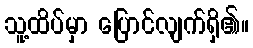
သူ့ထိပ်မှာ ပြောင်လျက်ရှိ၏။